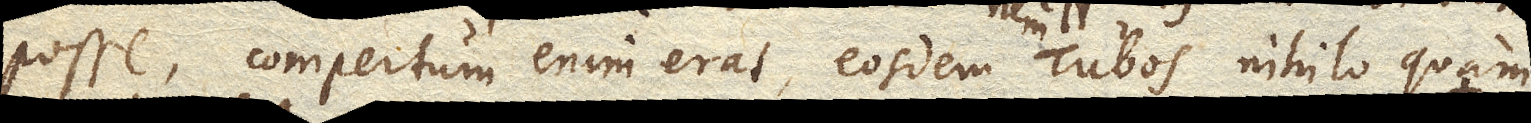
posse, compertum enim erat, eosdem Tubos nihilo quam